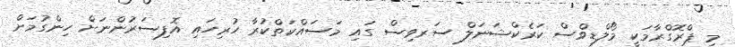
މި ޕްރޮގްރާމަކީ މޯލްޑިވްސް ކަރެކްޝަނަލް ސަރވިސް ގައި މަސައްކަތްކުރާ ހުރިހައި އޮފިސަރުންނަށް ހިންގުމަށް